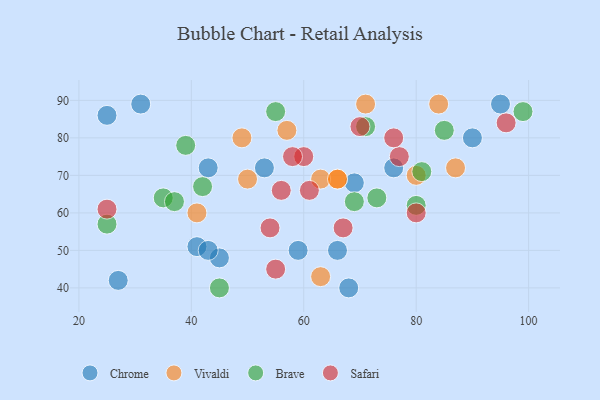
{"axis": {"x": "GDP", "y": "Life Expectancy"}, "legend": ["Brave", "Chrome", "Safari", "Vivaldi"], "data": [{"x": "95", "y": 89, "type": "Chrome"}, {"x": "45", "y": 48, "type": "Chrome"}, {"x": "68", "y": 40, "type": "Chrome"}, {"x": "69", "y": 68, "type": "Chrome"}, {"x": "43", "y": 72, "type": "Chrome"}, {"x": "41", "y": 51, "type": "Chrome"}, {"x": "25", "y": 86, "type": "Chrome"}, {"x": "76", "y": 72, "type": "Chrome"}, {"x": "27", "y": 42, "type": "Chrome"}, {"x": "31", "y": 89, "type": "Chrome"}, {"x": "43", "y": 50, "type": "Chrome"}, {"x": "53", "y": 72, "type": "Chrome"}, {"x": "66", "y": 50, "type": "Chrome"}, {"x": "90", "y": 80, "type": "Chrome"}, {"x": "59", "y": 50, "type": "Chrome"}, {"x": "57", "y": 82, "type": "Vivaldi"}, {"x": "71", "y": 89, "type": "Vivaldi"}, {"x": "87", "y": 72, "type": "Vivaldi"}, {"x": "63", "y": 43, "type": "Vivaldi"}, {"x": "80", "y": 70, "type": "Vivaldi"}, {"x": "66", "y": 69, "type": "Vivaldi"}, {"x": "63", "y": 69, "type": "Vivaldi"}, {"x": "50", "y": 69, "type": "Vivaldi"}, {"x": "84", "y": 89, "type": "Vivaldi"}, {"x": "66", "y": 69, "type": "Vivaldi"}, {"x": "41", "y": 60, "type": "Vivaldi"}, {"x": "49", "y": 80, "type": "Vivaldi"}, {"x": "85", "y": 82, "type": "Brave"}, {"x": "80", "y": 62, "type": "Brave"}, {"x": "71", "y": 83, "type": "Brave"}, {"x": "99", "y": 87, "type": "Brave"}, {"x": "73", "y": 64, "type": "Brave"}, {"x": "35", "y": 64, "type": "Brave"}, {"x": "69", "y": 63, "type": "Brave"}, {"x": "81", "y": 71, "type": "Brave"}, {"x": "45", "y": 40, "type": "Brave"}, {"x": "42", "y": 67, "type": "Brave"}, {"x": "55", "y": 87, "type": "Brave"}, {"x": "25", "y": 57, "type": "Brave"}, {"x": "37", "y": 63, "type": "Brave"}, {"x": "39", "y": 78, "type": "Brave"}, {"x": "67", "y": 56, "type": "Safari"}, {"x": "55", "y": 45, "type": "Safari"}, {"x": "70", "y": 83, "type": "Safari"}, {"x": "77", "y": 75, "type": "Safari"}, {"x": "80", "y": 60, "type": "Safari"}, {"x": "60", "y": 75, "type": "Safari"}, {"x": "76", "y": 80, "type": "Safari"}, {"x": "25", "y": 61, "type": "Safari"}, {"x": "96", "y": 84, "type": "Safari"}, {"x": "54", "y": 56, "type": "Safari"}, {"x": "56", "y": 66, "type": "Safari"}, {"x": "61", "y": 66, "type": "Safari"}, {"x": "58", "y": 75, "type": "Safari"}]}